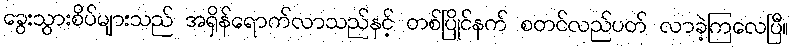
ခွေးသွားစိပ်များသည် အရှိန်ရောက်လာသည်နှင့် တစ်ပြိုင်နက် စတင်လည်ပတ် လာခဲ့ကြလေပြီ။